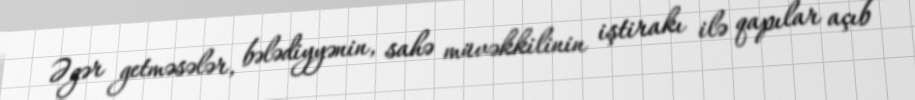
Əgər getməsələr, bələdiyyənin, sahə müvəkkilinin iştirakı ilə qapılar açıb